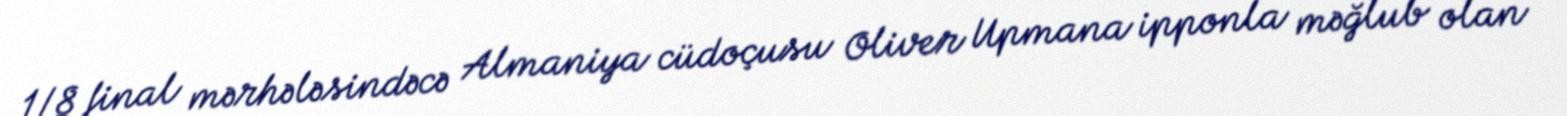
1/8 final mərhələsindəcə Almaniya cüdoçusu Oliver Upmana ipponla məğlub olan